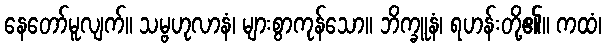
နေတော်မူလျက်။ သမ္ဗဟုလာနံ၊ များစွာကုန်သော။ ဘိက္ခူနံ၊ ရဟန်းတို့၏။ ကထံ၊